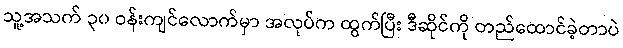
သူ့အသက် ၃၀ ဝန်းကျင်လောက်မှာ အလုပ်က ထွက်ပြီး ဒီဆိုင်ကို တည်ထောင်ခဲ့တာပဲ